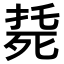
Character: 𣨰